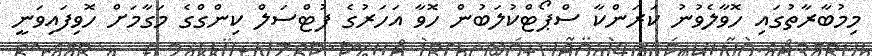
މިމުބާރާތުގައި ހޮވާލެވުނު ކަރަންކާ ސްޕޯޓްކުލަބުން ހޮވާ އަހަރުގެ ފުޓްސަލް ކިންގްގެ މަގާމަށް ހޮވިފައިވަނީ